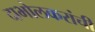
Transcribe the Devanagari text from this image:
दाभोलकरांची